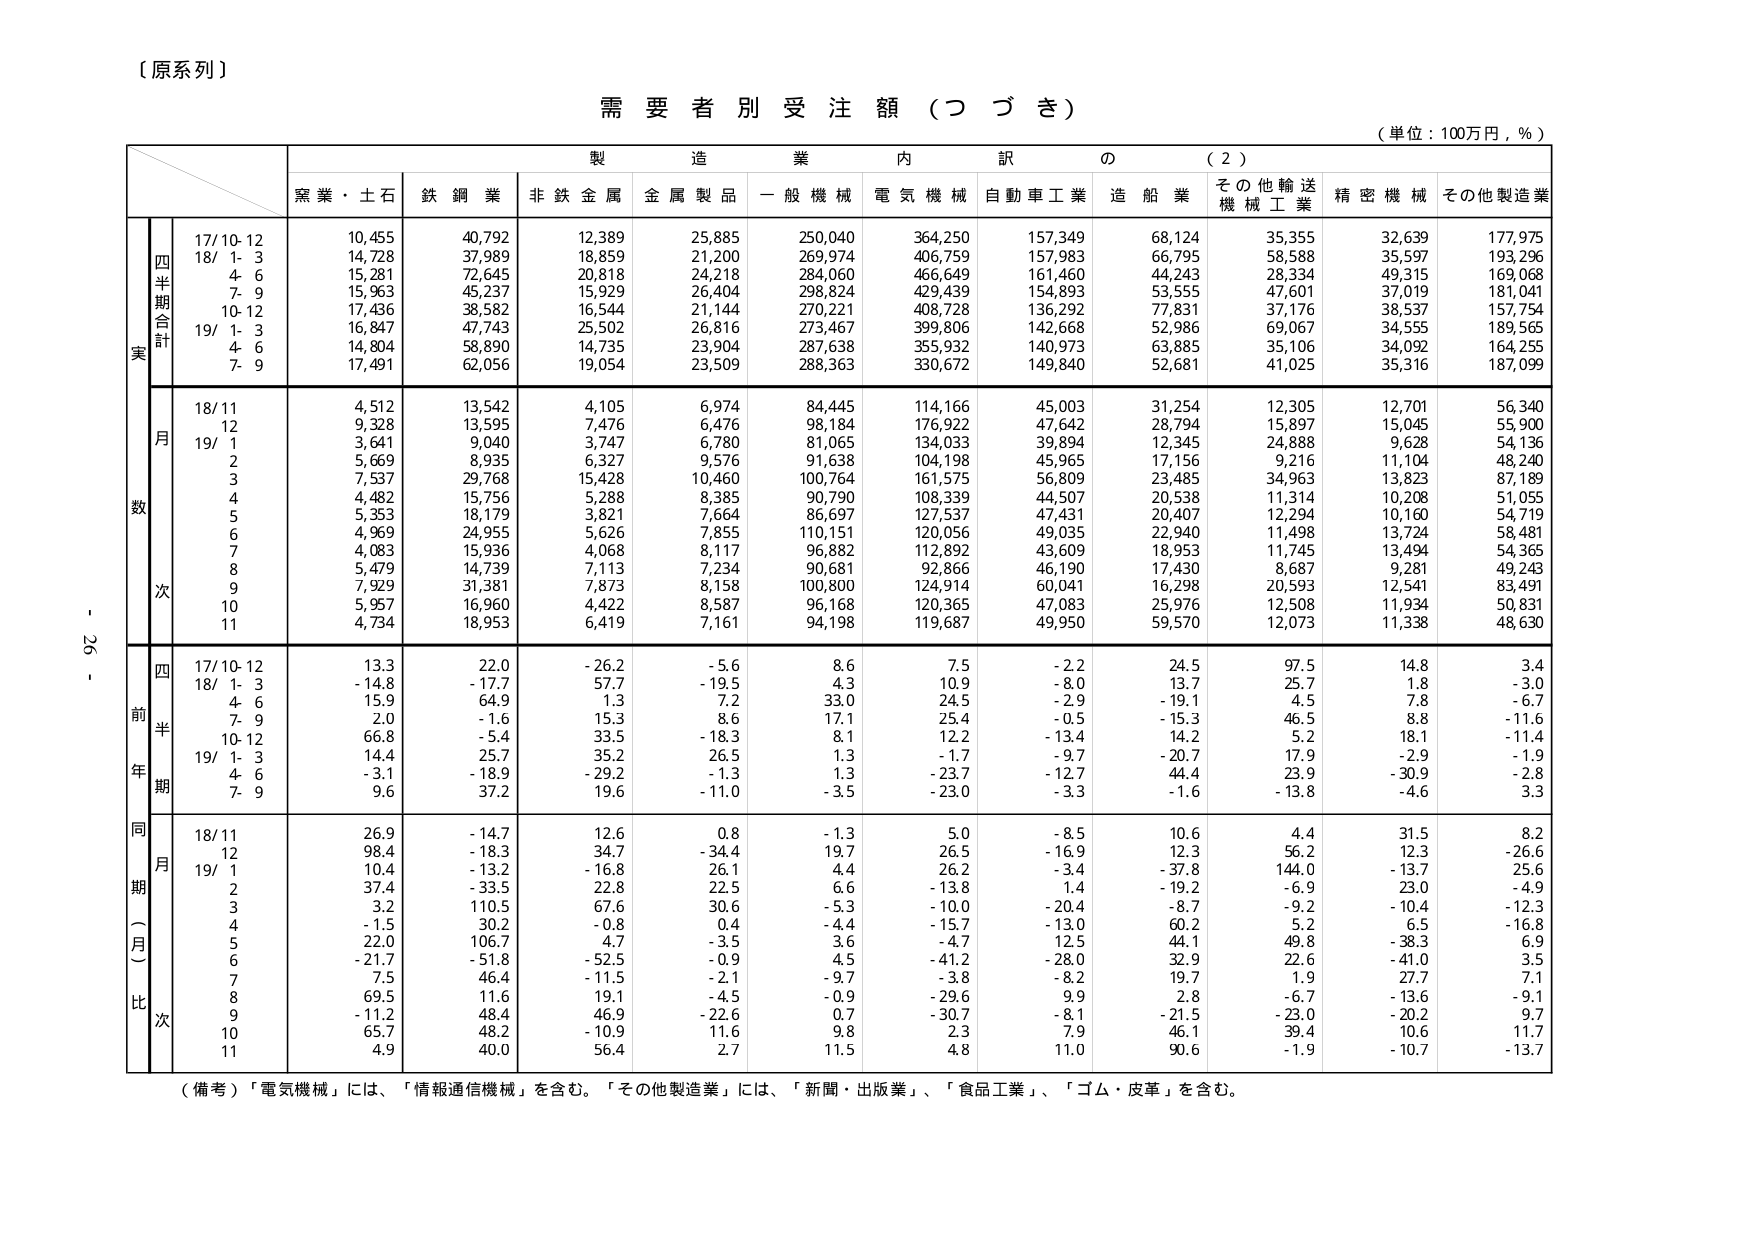
〔原系列〕

需要者別受注額（つづき）

（単位：100万円，％）

製造業内訳の（2）

黒業・土石　鉄鋼業　非鉄金属　金属製品　一般機械　電気機械　自動車工業　造船業　その他輸送機械工業　精密機械　その他製造業

四半期合計
実
17/10-12　10,455　40,792　12,389　25,885　250,040　364,250　157,349　68,124　35,355　32,639　177,975
18/ 1- 3　14,728　37,989　18,859　21,200　269,974　406,759　157,983　66,795　58,588　35,597　193,296
　4- 6　15,281　72,645　20,818　24,218　284,060　466,649　161,460　44,243　28,334　49,315　169,068
　7- 9　15,963　45,237　15,929　26,404　298,824　429,439　154,893　53,555　47,601　37,019　181,041
10-12　17,436　38,582　16,544　21,144　270,221　408,728　136,292　77,831　37,176　38,537　157,754
19/ 1- 3　16,847　47,743　25,502　26,816　273,467　399,806　142,668　52,986　69,067　34,555　189,565
　4- 6　14,804　58,890　14,735　23,904　287,638　355,932　140,973　63,885　35,106　34,092　164,255
　7- 9　17,491　62,056　19,054　23,509　288,363　330,672　149,840　52,681　41,025　35,316　187,099

月
数
18/11　4,512　13,542　4,105　6,974　84,445　114,166　45,003　31,254　12,305　12,701　56,340
　12　9,328　13,595　7,476　6,476　98,184　176,922　47,642　28,794　15,897　15,045　55,900
19/ 1　3,641　9,040　3,747　6,780　81,065　134,033　39,894　12,345　24,888　9,628　54,136
　2　5,669　8,935　6,327　9,576　91,638　104,198　45,965　17,156　9,216　11,104　48,240
　3　7,537　29,768　15,428　10,460　100,764　161,575　56,809　23,485　34,963　13,823　87,189
　4　4,482　15,756　5,288　8,385　90,790　108,339　44,507　20,538　11,314　10,208　51,055
　5　5,353　18,179　3,821　7,664　86,697　127,537　47,431　20,407　12,294　10,160　54,719
　6　4,969　24,955　5,626　7,855　110,151　120,056　49,035　22,940　11,498　13,724　58,481
　7　4,083　15,936　4,068　8,117　96,882　112,892　43,609　18,953　11,745　13,494　54,365
　8　5,479　14,739　7,113　7,234　90,681　92,866　46,190　17,430　8,687　9,281　49,243
　9　7,929　31,381　7,873　8,158　100,800　124,914　60,041　16,298　20,593　12,541　83,491
　10　5,957　16,960　4,422　8,587　96,168　120,365　47,083　25,976　12,508　11,934　50,831
　11　4,734　18,953　6,419　7,161　94,198　119,687　49,950　59,570　12,073　11,338　48,630

四
前半
年期
17/10-12　13.3　22.0　-26.2　-5.6　8.6　7.5　-2.2　24.5　97.5　14.8　3.4
18/ 1- 3　-14.8　-17.7　57.7　-19.5　4.3　10.9　-8.0　13.7　25.7　1.8　-3.0
　4- 6　15.9　64.9　1.3　7.2　33.0　24.5　-2.9　-19.1　4.5　7.8　-6.7
　7- 9　2.0　-1.6　15.3　8.6　17.1　25.4　-0.5　-15.3　46.5　8.8　-11.6
10-12　66.8　-5.4　33.5　-18.3　8.1　12.2　-13.4　14.2　5.2　18.1　-11.4
19/ 1- 3　14.4　25.7　35.2　26.5　1.3　-1.7　-9.7　-20.7　17.9　-2.9　-1.9
　4- 6　-3.1　-18.9　-29.2　-1.3　1.3　-23.7　-12.7　44.4　23.9　-30.9　-2.8
　7- 9　9.6　37.2　19.6　-11.0　-3.5　-23.0　-3.3　-1.6　-13.8　-4.6　3.3

同期（月）比
次
18/11　26.9　-14.7　12.6　0.8　-1.3　5.0　-8.5　10.6　4.4　31.5　8.2
　12　98.4　-18.3　34.7　-34.4　19.7　26.5　-16.9　12.3　56.2　12.3　-26.6
19/ 1　10.4　-13.2　-16.8　26.1　4.4　26.2　-3.4　-37.8　144.0　-13.7　25.6
　2　37.4　-33.5　22.8　22.5　6.6　-13.8　1.4　-19.2　-6.9　23.0　-4.9
　3　3.2　110.5　67.6　30.6　-5.3　-10.0　-20.4　-8.7　-9.2　-10.4　-12.3
　4　-1.5　30.2　-0.8　0.4　-4.4　-15.7　-13.0　60.2　5.2　6.5　-16.8
　5　22.0　106.7　4.7　-3.5　3.6　-4.7　12.5　44.1　49.8　-38.3　6.9
　6　-21.7　-51.8　-52.5　-0.9　4.5　-41.2　-28.0　32.9　22.6　-41.0　3.5
　7　7.5　46.4　-11.5　-2.1　-9.7　-3.8　-8.2　19.7　1.9　27.7　7.1
　8　69.5　11.6　19.1　-4.5　-0.9　-29.6　9.9　2.8　-6.7　-13.6　-9.1
　9　-11.2　48.4　46.9　-22.6　0.7　-30.7　-8.1　-21.5　-23.0　-20.2　9.7
　10　65.7　48.2　-10.9　11.6　9.8　2.3　7.9　46.1　39.4　10.6　11.7
　11　4.9　40.0　56.4　2.7　11.5　4.8　11.0　90.6　-1.9　-10.7　-13.7

（備考）「電気機械」には、「情報通信機械」を含む。「その他製造業」には、「新聞・出版業」、「食品工業」、「ゴム・皮革」を含む。